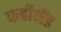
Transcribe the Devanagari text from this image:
फर्डीनैंड